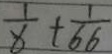
\frac { 1 } { x } + \frac { 1 } { 6 6 }